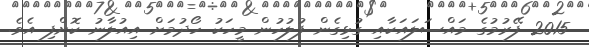
2015 ފޭރުމުގެ މައްސަލައަކާއި ގުޅިގެން ފުލުހުން މީހަކު ހޯދުމަށް އިއުލާނު ކޮށްފި އެވެ.